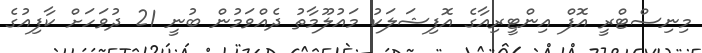
މިނިސްޓްރީ އޮފް އިންޓީރިއާގެ އޮފިޝަލަކު މައުލޫމާތު ދެއްވަމުން ބުނީ 21 ދުވަހަށް ކާފިއުގެ